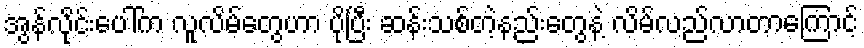
အွန်လိုင်းပေါ်က လူလိမ်တွေဟာ ပိုပြီး ဆန်းသစ်တဲ့နည်းတွေနဲ့ လိမ်လည်လာတာကြောင့်